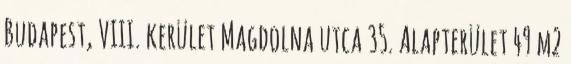
Budapest, VIII. kerület Magdolna utca 35. Alapterület 49 m2